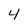
Character: 4